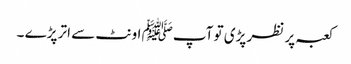
کعبہ پر نظر پڑی تو آپﷺ اونٹ سے اتر پڑے ۔